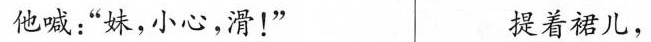
他喊：”妹，小心，滑！” 提着裙儿，